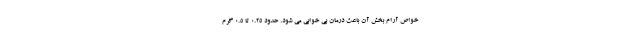
خواص آرام بخش آن باعث درمان بی خوابی می شود. حدود 0.25 تا 0.5 گرم